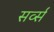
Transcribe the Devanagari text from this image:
सर्व्स